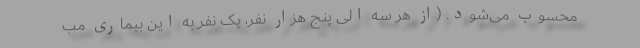
محسوب می‌شود. (از هر سه الی پنج هزار نفر، یک نفر به این بیماری مب